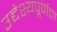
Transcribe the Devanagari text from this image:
उद्देश्यपूर्णता